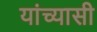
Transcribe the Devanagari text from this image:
यांच्यासी